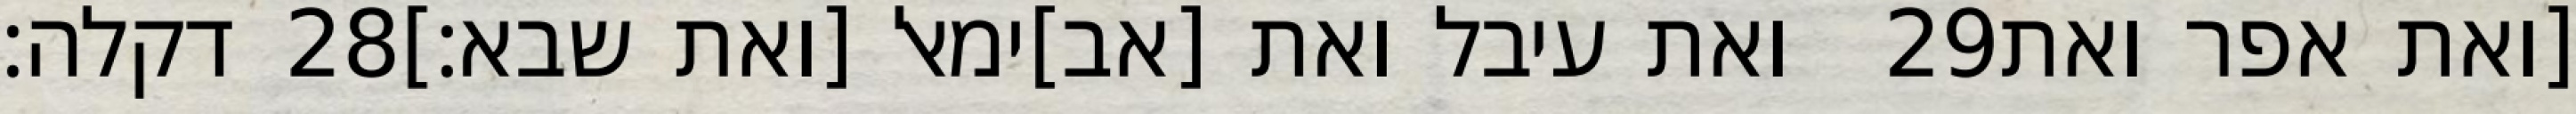
דקלה׃ ‎28‏ ואת עיבל ואת [אב]ימאל [ואת שבא׃] ‎29‏ [ואת אפר ואת